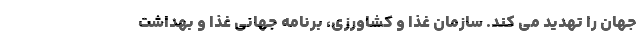
جهان را تهدید می کند. سازمان غذا و کشاورزی، برنامه جهانی غذا و بهداشت